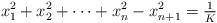
LaTeX: \begin{align*}x_1^2 + x_2^2 + \cdots + x_n^2- x_{n+1}^2 = \tfrac{1}{K} \end{align*}